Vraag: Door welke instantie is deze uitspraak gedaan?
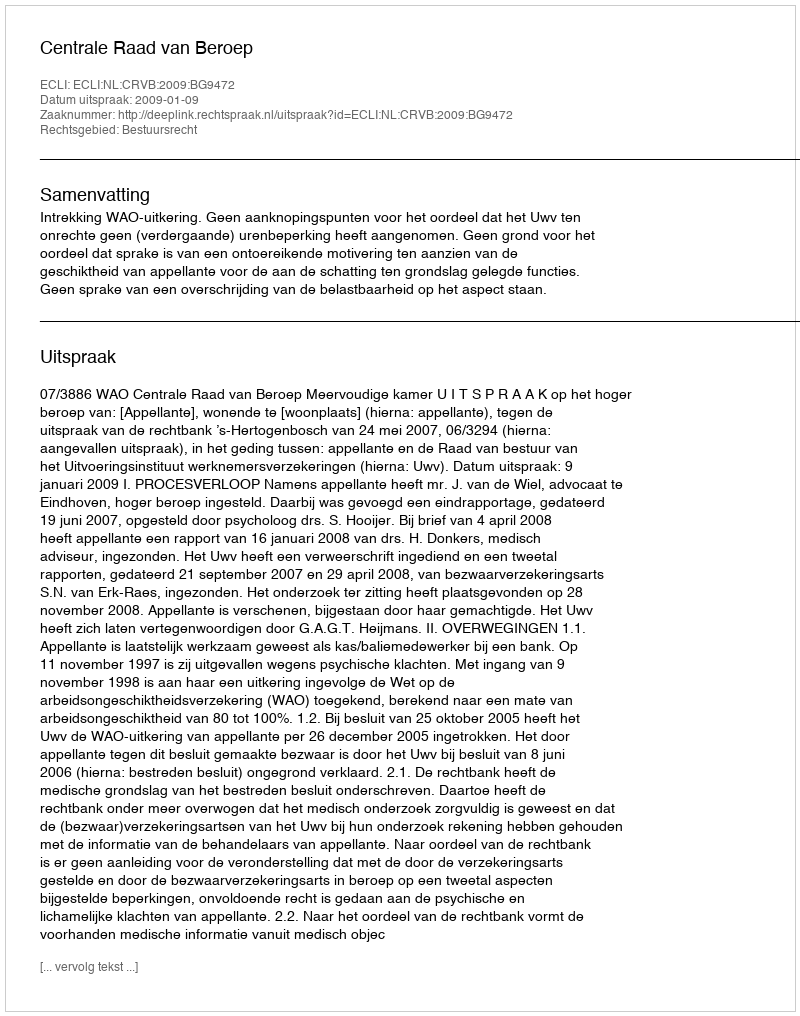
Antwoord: Centrale Raad van Beroep